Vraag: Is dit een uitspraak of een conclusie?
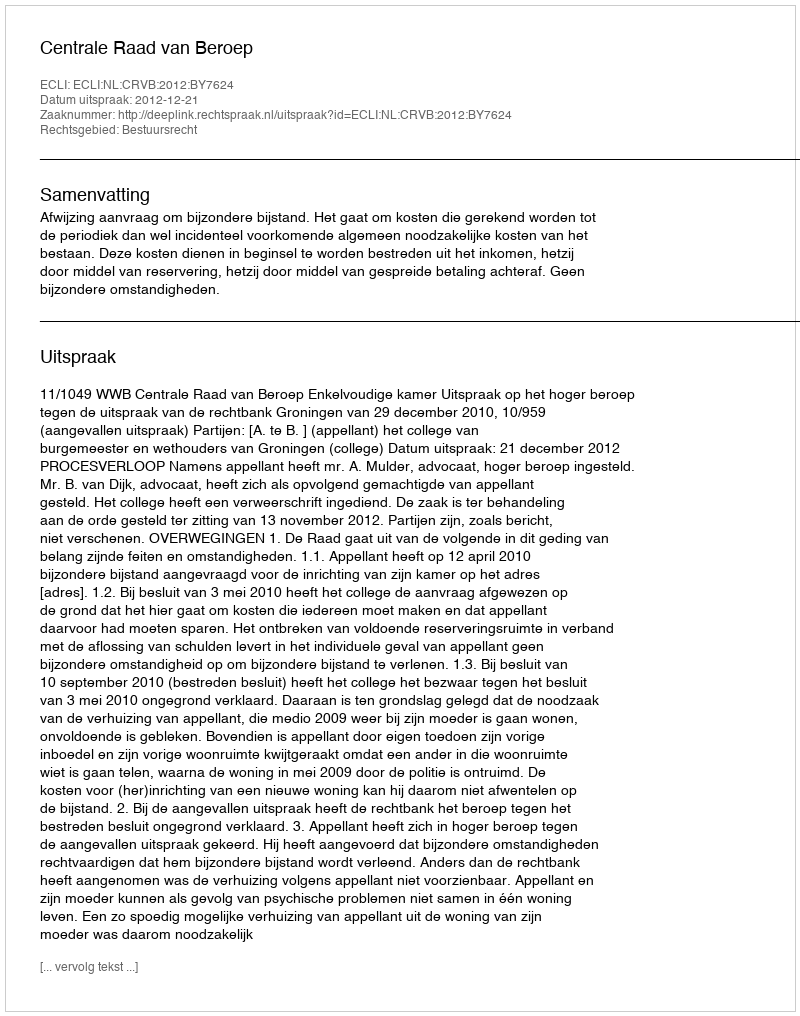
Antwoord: Uitspraak